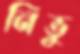
নিভু